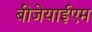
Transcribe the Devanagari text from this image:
बीजेयाईएम